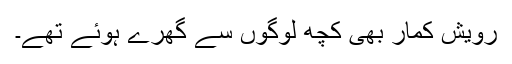
رویش کمار بھی کچھ لوگوں سے گھرے ہوئے تھے۔